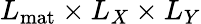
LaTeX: L_{\mathrm{mat}}\times L_{X}\times L_{Y}